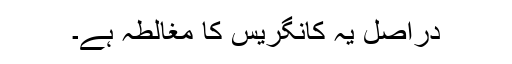
دراصل یہ کانگریس کا مغالطہ ہے۔